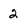
Character: 2